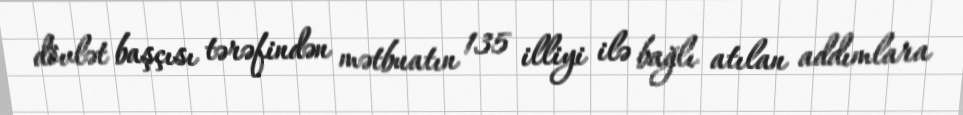
dövlət başçısı tərəfindən mətbuatın 135 illiyi ilə bağlı atılan addımlara